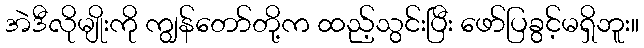
အဲဒီလိုမျိုးကို ကျွန်တော်တို့က ထည့်သွင်းပြီး ဖော်ပြခွင့်မရှိဘူး။